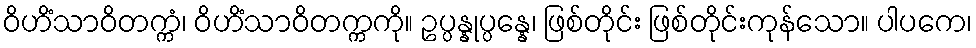
ဝိဟိံသာဝိတက္ကံ၊ ဝိဟိံသာဝိတက္ကကို။ ဥပ္ပန္နုပ္ပန္နေ၊ ဖြစ်တိုင်း ဖြစ်တိုင်းကုန်သော။ ပါပကေ၊